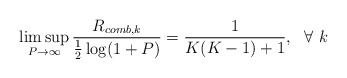
\begin{align*}\limsup_{P\rightarrow \infty}\frac{R_{comb,k}}{\frac{1}{2}\log(1+P)}= \frac{1}{K(K-1)+1},~~\forall~k\end{align*}